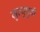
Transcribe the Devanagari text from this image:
म्रुत्युपुर्वी